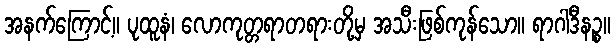
အနက်ကြောင့်။ ပုထူနံ၊ လောကုတ္တရာတရားတို့မှ အသီးဖြစ်ကုန်သော။ ရာဂါဒီနဉ္စ။